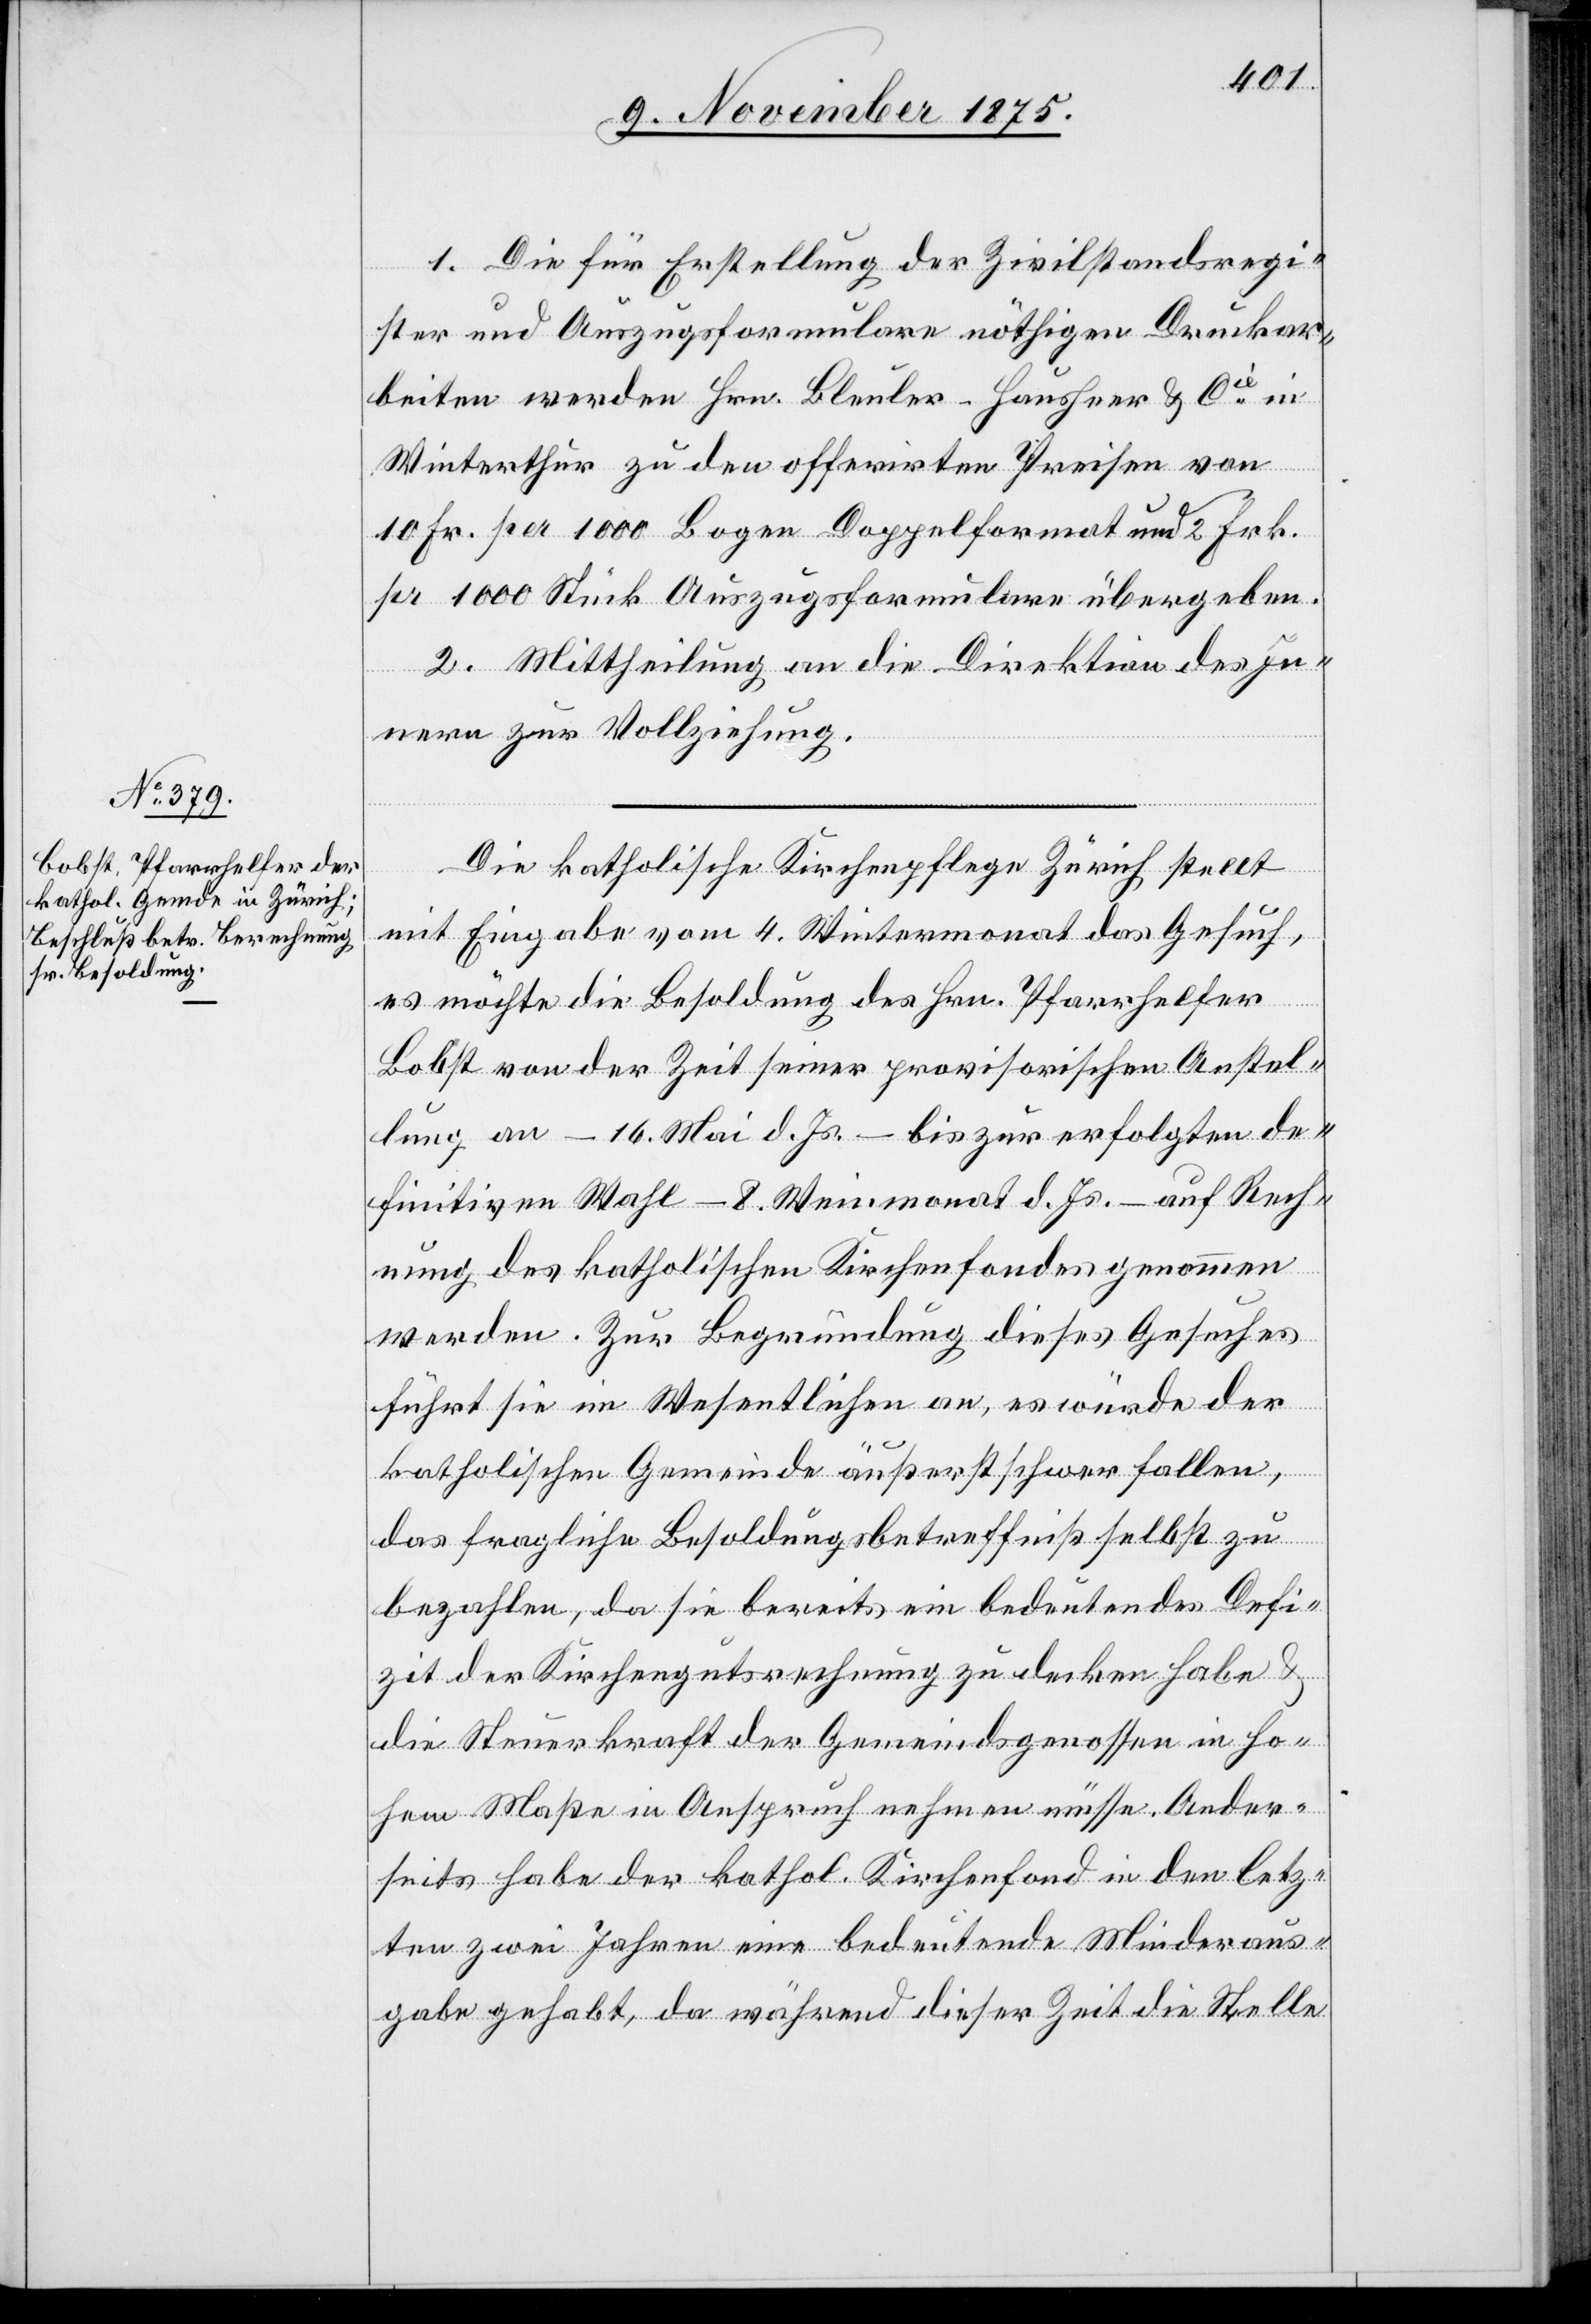
10. November 1875.]
1. Die für Erstellung der Zivilstandsregi¬
ster und Auszugsformulare nöthigen Druckar¬
beiten werden Hrn. Bleuler-Hausheer & Cie in
Winterthur zu den offerirten Preisen von
10 Fr. per 1000 Bogen Doppelformat und 2 Frk.
pr. 1000 Stück Auszugsformulare übergeben.
2. Mittheilung an die Direktion des In¬
nern zur Vollziehung.
Die katholische Kirchenpflege Zürich stellt
mit Eingabe vom 4. Wintermonat das Gesuch,
es möchte die Besoldung des Hrn. Pfarrhelfer
Bobst von der Zeit seiner provisorischen Anstel¬
lung an – 16. Mai d. Js. – bis zur erfolgten de¬
finitiven Wahl – 8. Weinmonat d. Js. – auf Rech¬
nung des katholischen Kirchenfondes genommen
werden. Zur Begründung dieses Gesuches
führt sie im Wesentlichen an, es würde der
katholischen Gemeinde äußerst schwer fallen,
das fragliche Besoldungsbetreffniß selbst zu
bezahlen, da sie bereits ein bedeutendes Defi¬
zit der Kirchengutsrechnung zu decken habe &
die Steuerkraft der Gemeindsgenossen in ho¬
hem Maße in Anspruch nehmen müsse. Ander¬
seits habe der kathol. Kirchenfond in den letz¬
ten zwei Jahren eine bedeutende Minderaus¬
gabe gehabt, da während dieser Zeit die Stelle